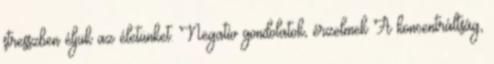
stresszben éljük az életünket. Negatív gondolatok, érzelmek A koncentráltság,